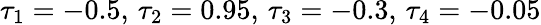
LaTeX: \tau_{1}=-0.5,\, \tau_{2}=0.95,\, \tau_{3}=-0.3,\, \tau_{4}=-0.05